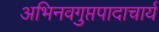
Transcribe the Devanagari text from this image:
अभिनवगुप्तपादाचार्य